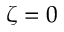
\zeta = 0